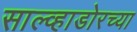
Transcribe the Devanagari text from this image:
साल्व्हाडोरच्या